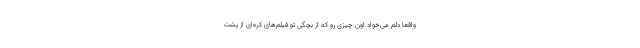
واقعا دلم می‌خواد اون چیزی رو که از بچگی تو فیلم‌های کره‌ای از پشت